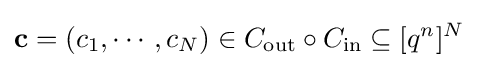
\mathbf {c} =(c_{1},\cdots ,c_{N})\in C_{\text{out}}\circ {C_{\text{in}}}\subseteq [q^{n}]^{N}